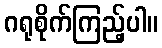
ဂရုစိုက်ကြည့်ပါ။